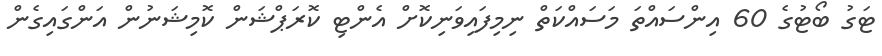
ޓަގު ބޯޓުގެ 60 އިންސައްތަ މަސައްކަތް ނިމިފައިވަނިކޮށް އެންޓި ކޮރަޕްޝަން ކޮމިޝަނުން އަންގައިގެން